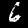
Digit: 6